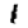
Digit: 1